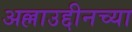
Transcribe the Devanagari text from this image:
अल्लाउद्दीनच्या